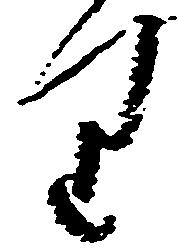
り